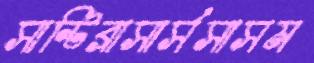
সান্টিব্রাসার্সসাসম